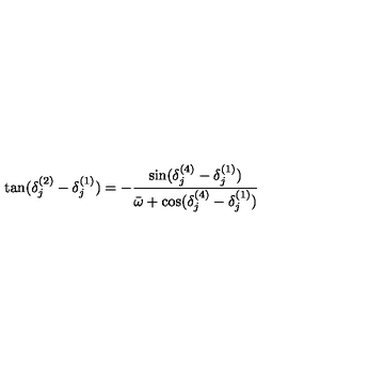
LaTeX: \tan ( \delta _ { j } ^ { ( 2 ) } - \delta _ { j } ^ { ( 1 ) } ) = - { \frac { \sin ( \delta _ { j } ^ { ( 4 ) } - \delta _ { j } ^ { ( 1 ) } ) } { \bar { \omega } + \cos ( \delta _ { j } ^ { ( 4 ) } - \delta _ { j } ^ { ( 1 ) } ) } }